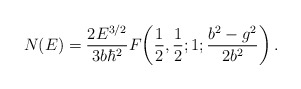
\begin{align*}N(E) ={2 E^{3/2} \over 3 b \hbar^2} F\!\left( {1\over2},{1\over2};1;{b^2 - g^2 \over 2 b^2}\right).\end{align*}